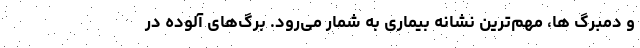
و دمبرگ ها، مهم‌ترین نشانه بیماری به شمار می‌رود. برگ‌های آلوده در